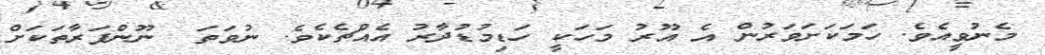
މެނުވީއެވެ. ހަމަކަށަވަރުން އެ އޫރު މަހަކީ ހަޑިމުޑުދާރު އެއްޗެކެވެ. ނުވަތަ  ނޫންފަރާތަކަށް